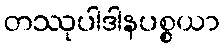
တဿုပါဒါနပစ္စယာ